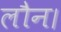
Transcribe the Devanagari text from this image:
लौन।